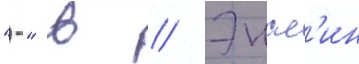
"-" в // Энсл'ин